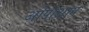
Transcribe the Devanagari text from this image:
ओपोआप